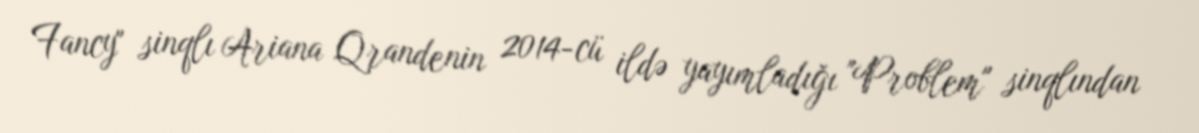
Fancy" sinqlı Ariana Qrandenin 2014-cü ildə yayımladığı "Problem" sinqlından